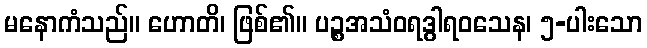
မနောကံသည်။ ဟောတိ၊ ဖြစ်၏။ ပဉ္စအသံဝရဒွါရဝသေန၊ ၅-ပါးသော